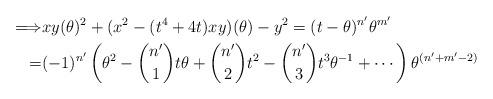
LaTeX: \begin{align*}\Longrightarrow &xy(\theta)^2 +(x^2-(t^4+4t)xy)(\theta) -y^2=(t-\theta)^{n'} \theta^{m'} \\=&(-1)^{n'}\left (\theta^2-\binom{n'}{1} t\theta +\binom{n'}{2} t^2 -\binom{n'}{3} t^3\theta^{-1}+\cdots \right ) \theta^{(n'+m'-2)}\end{align*}